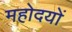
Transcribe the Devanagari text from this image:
महोदयों